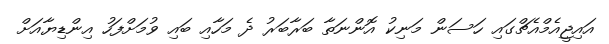
އައިޖީއެމްއެޗްގައި ހަސަން މަނިކު އޮންނަތާ ބަރާބަރު ދެ މަހާއި ބައި ވުމަށްފަހު އިންޑިޔާއަށް